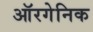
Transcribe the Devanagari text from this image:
ऑरगेनिक